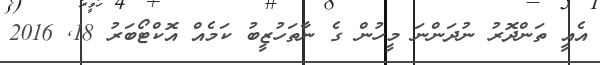
އެއީ ތަންދޮރު ނުދަންނަ މީހުން ގެ ނާތަހުޒީބު ކަމެއް އޮކްޓޯބަރު 18